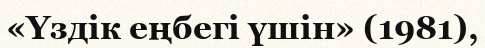
«Үздік еңбегі үшін» (1981),